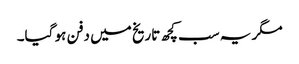
مگر یہ سب کچھ تاریخ میں دفن ہو گیا۔